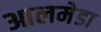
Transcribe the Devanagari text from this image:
आलमेडा